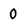
Character: 0